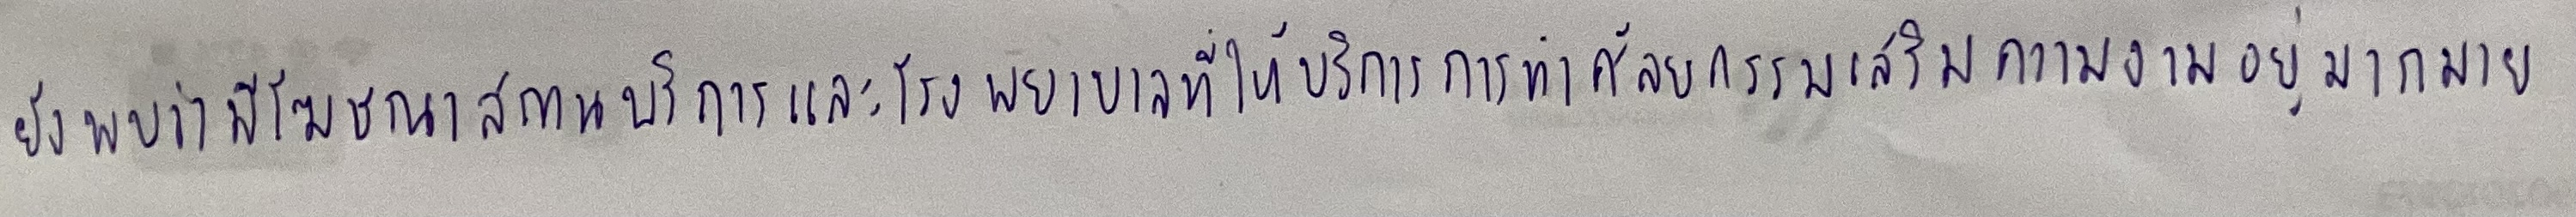
ยังพบว่ามีโฆษณาสถานบริการและโรงพยาบาลที่ให้บริการการทำศัลยกรรมเสริมความงามอยู่มากมาย